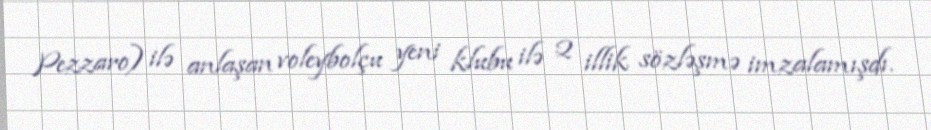
Pezzaro) ilə anlaşan voleybolçu yeni klubu ilə 2 illik sözləşmə imzalamışdı.